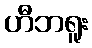
ဟီဘရူး